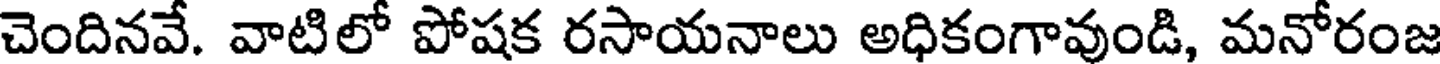
చెందినవే. వాటిలో పోషక రసాయనాలు అధికంగావుండి, మనోరంజ